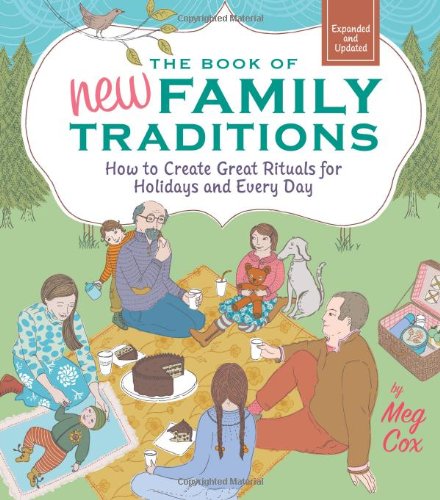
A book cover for The Book of New Family Traditions (Revised and Updated): How to Create Great Rituals for Holidays and Every Day; Meg Cox; Parenting & Relationships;